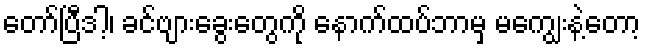
တော်ပြီဒါ့၊ ခင်ဗျားခွေးတွေကို နောက်ထပ်ဘာမှ မကျွေးနဲ့တော့